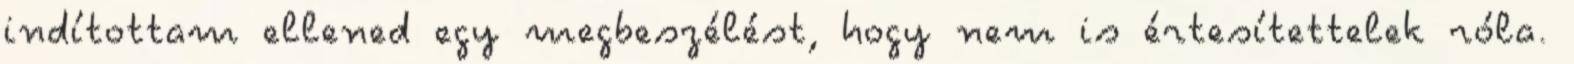
indítottam ellened egy megbeszélést, hogy nem is értesítettelek róla.